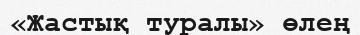
«Жастық туралы» өлең